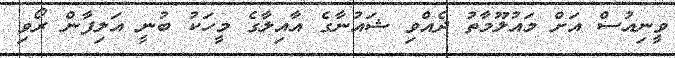
ވީނިއުސް އަށް މައުލޫމާތު ދެއްވި ޝައުނާގެ އާއިލާގެ މީހަކު ބުނީ އަލިފާން ރޯވި